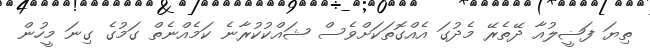
ތިޔަ ފަޟީލުއާ ދޭތެރޭ މެދުގަ އެއްގޮތަކަށްވެސް ޝައްކުކުރާނެ ކަމެއްނެތް ގަމުގެ ގިނަ މީހުން